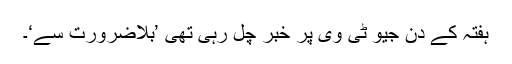
ہفتہ کے دن جیو ٹی وی پر خبر چل رہی تھی ’بلاضرورت سے‘۔